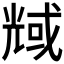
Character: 𠒬